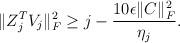
LaTeX: \begin{align*}\begin{aligned} \|Z_{j}^{T} V_j\|_F^2 \geq j - \frac{10 \epsilon \|C\|_F^2}{\eta_j}.\end{aligned}\end{align*}